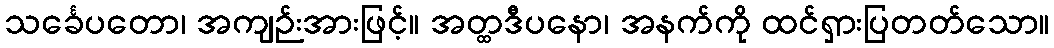
သင်္ခေပတော၊ အကျဉ်းအားဖြင့်။ အတ္ထဒီပနော၊ အနက်ကို ထင်ရှားပြတတ်သော။